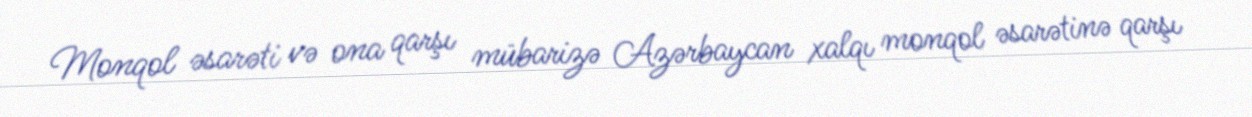
Monqol əsarəti və ona qarşı mübarizə Azərbaycan xalqı monqol əsarətinə qarşı